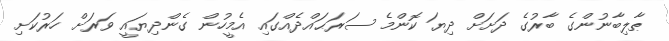
ޠާލިބާނުންގެ ބާރުގެ ދަށަށް ދިޔަ ކޮންމެ ސަރަޙައްދެއްގައި އެމީހުން ގެންދިޔައީ ވަރަށް ހަރުކަށި